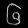
Digit: ၆